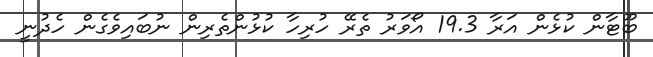
ބޫޓާން ކުޅެން އަރާ 19.3 އޯވަރު ތެރޭ ހުރިހާ ކުޅުންތެރިން ނުބައިވެގެން ހެދުނީ